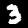
Digit: 3